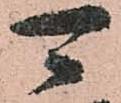
可